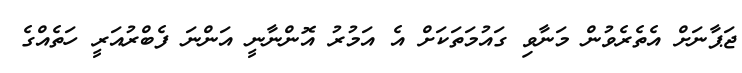
ޖަޕާނަށް އެތެރެވުން މަނާވި ގައުމަތަކަށް އެ އަމުރު އޮންނާނީ އަންނަ ފެބްރުއަރީ ހަތެއްގެ